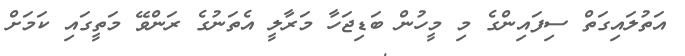
އަތުލައިގަތް ސިފައިންގެ މި މީހުން ބަޑިޖަހާ މަރާލީ އެތަނުގެ ރަންވޭ މަތީގައި ކަމަށް